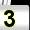
Digit: 3